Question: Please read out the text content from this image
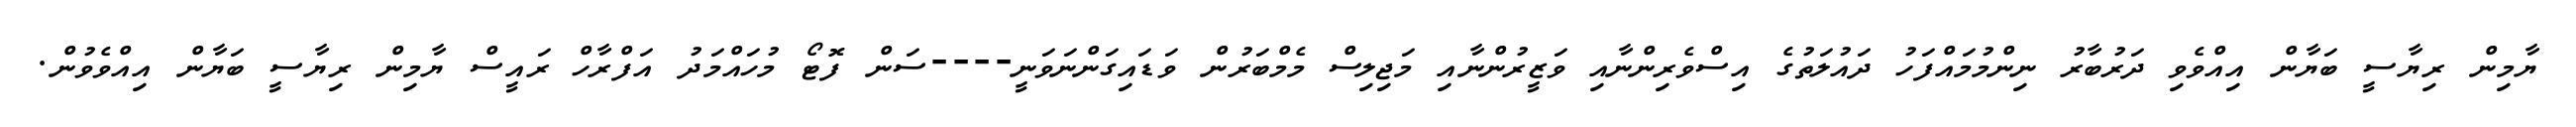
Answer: ޔާމިން ރިޔާސީ ބަޔާން އިއްވެވި ދަރުބާރު ނިންމުމައްފަހު ދައުލަތުގެ އިސްވެރިންނާއި ވަޒީރުންނާއި މަޖިލިސް މެމްބަރުން ވަޑައިގަންނަވަނީ----ސަން ފޮޓޯ މުހައްމަދު އަފްރާހް ރައީސް ޔާމިން ރިޔާސީ ބަޔާން އިއްވެވުން.